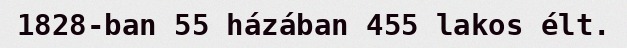
1828-ban 55 házában 455 lakos élt.